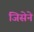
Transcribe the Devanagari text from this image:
जिसेने